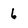
Character: 6